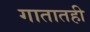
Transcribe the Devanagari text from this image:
गातातही